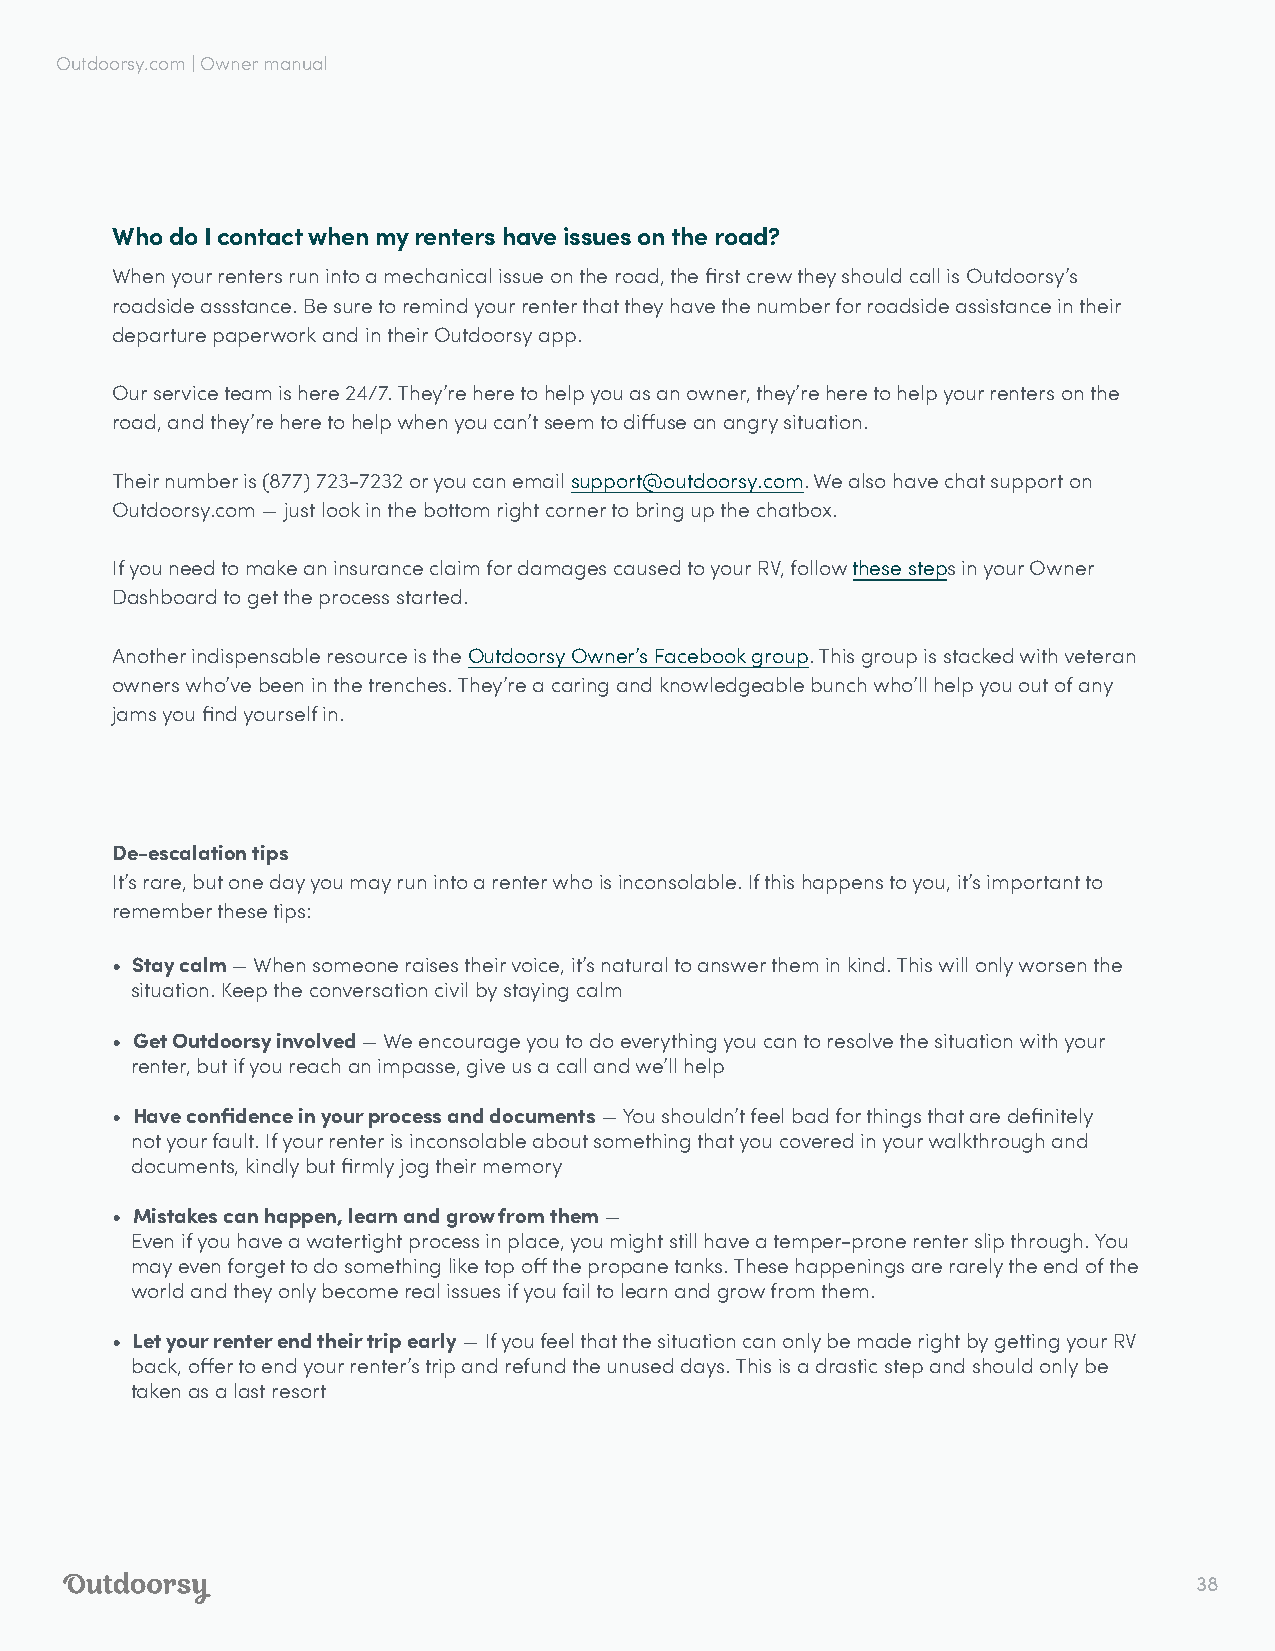
Outdoorsy.com | Owner manual
 Who do I contact when my renters have issues on the road?
 When your renters run into a mechanical issue on the road, the first crew they should call is Outdoorsy’s
 roadside assstance. Be sure to remind your renter that they have the number for roadside assistance in their
 departure paperwork and in their Outdoorsy app.
 Our service team is here 24/7. They’re here to help you as an owner, they’re here to help your renters on the
 road, and they’re here to help when you can’t seem to diffuse an angry situation.
 Their number is (877) 723-7232 or you can email support@outdoorsy.com. We also have chat support on
 Outdoorsy.com — just look in the bottom right corner to bring up the chatbox.
 If you need to make an insurance claim for damages caused to your RV, follow these steps in your Owner
 Dashboard to get the process started.
 Another indispensable resource is the Outdoorsy Owner’s Facebook group. This group is stacked with veteran
 owners who’ve been in the trenches. They’re a caring and knowledgeable bunch who’ll help you out of any
 jams you find yourself in.
 De-escalation tips
 It’s rare, but one day you may run into a renter who is inconsolable. If this happens to you, it’s important to
 remember these tips:
 • Stay calm — When someone raises their voice, it’s natural to answer them in kind. This will only worsen the
 situation. Keep the conversation civil by staying calm
 • Get Outdoorsy involved — We encourage you to do everything you can to resolve the situation with your
 renter, but if you reach an impasse, give us a call and we’ll help
 • Have confidence in your process and documents — You shouldn’t feel bad for things that are definitely
 not your fault. If your renter is inconsolable about something that you covered in your walkthrough and
 documents, kindly but firmly jog their memory
 • Mistakes can happen, learn and grow from them —
 Even if you have a watertight process in place, you might still have a temper-prone renter slip through. You
 may even forget to do something like top off the propane tanks. These happenings are rarely the end of the
 world and they only become real issues if you fail to learn and grow from them.
 • Let your renter end their trip early — If you feel that the situation can only be made right by getting your RV
 back, offer to end your renter’s trip and refund the unused days. This is a drastic step and should only be
 taken as a last resort
 38